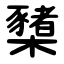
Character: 櫫